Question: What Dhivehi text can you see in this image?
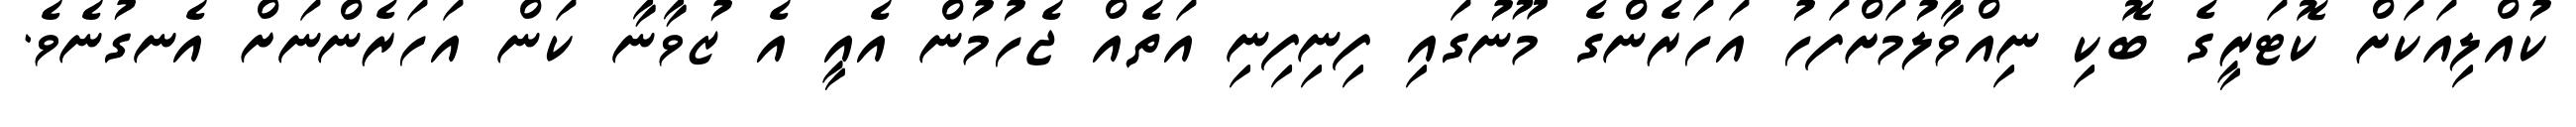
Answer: ކުއްލިއަކަށް ކޮޓަރީގެ ބޮކި ނިއްވާލުމަށްފަހު އަހަރެންގެ މޫނުގައި ފިނިފިނި އަތެއް ޖެހުމުން އެއީ އެ ޒުވާނާ ކަން އަހަރެންނަށް އެނގުނެވެ.